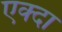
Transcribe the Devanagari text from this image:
एक्दा